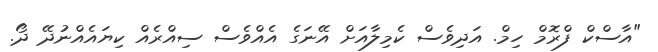
"އާސްކް ފްރޮމް ހިމް. އަދިވެސް ކެމިލާއަށް އޭނަގެ އެއްވެސް ސިއްރެއް ކިޔައެއްނުދޭ ދޯ.